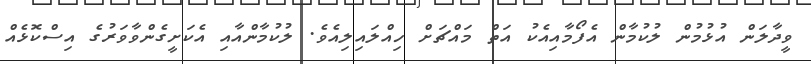
ވީދާލަން އުޅުމުން ލުކުމާން އެފޯމާއިއެކު އަތް މައްޗަށް ހިއްލައިލިއެވެ. ލުކުމާންއާއި އެކަށީގެންވާވަރުގެ އިސްކޮޅެއް